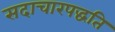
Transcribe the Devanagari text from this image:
सदाचारपद्धति